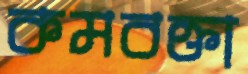
কমবক্তা